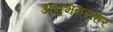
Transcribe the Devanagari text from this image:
अनुभवलहर